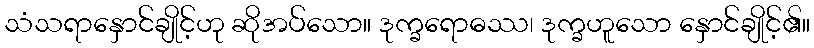
သံသရာနှောင်ချိုင့်ဟု ဆိုအပ်သော။ ဒုက္ခရောဓဿ၊ ဒုက္ခဟူသော နှောင်ချိုင့်၏။